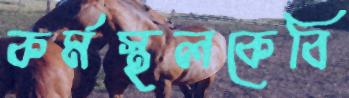
কর্মস্থলকেবি